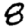
Digit: 8